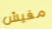
مفيش